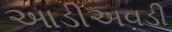
આડીઅવડી